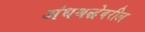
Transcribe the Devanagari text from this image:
अंधश्रद्धेवरील